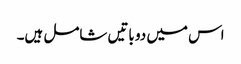
اس میں دو باتیں شامل ہیں۔